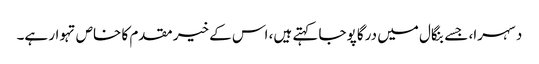
دسہرا، جسے بنگال میں درگا پوجا کہتے ہیں، اس کے خیر مقدم کا خاص تہوار ہے۔